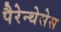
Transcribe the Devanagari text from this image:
पैरेन्थेसेस